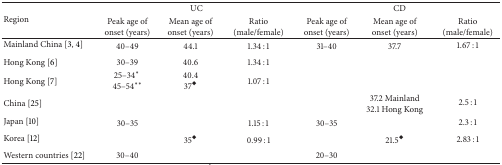
| <ROWSPAN=2> Region | <COLSPAN=3> UC | <COLSPAN=3> CD |
 | Peak age of onset (years) | Mean age of onset (years) | Ratio (male/female) | Peak age of onset (years) | Mean age of onset (years) | Ratio (male/female) |
 | --- | --- | --- | --- | --- | --- | --- |
 | Mainland China [3, 4] | 40–49 | 44.1 | 1.34 : 1 | 31–40 | 37.7 | 1.67 : 1 |
 | Hong Kong [6] | 30–39 | 40.6 | 1.34 : 1 |  |  |  |
 | Hong Kong [7] | 25–34* 45–54** | 40.437◆ | 1.07 : 1 |  |  |  |
 | China [25] |  |  |  |  | 37.2 Mainland32.1 Hong Kong | 2.5 : 1 |
 | Japan [10] | 30–35 |  | 1.15 : 1 | 30–35 |  | 2.3 : 1 |
 | Korea [12] |  | 35◆ | 0.99 : 1 |  | 21.5◆ | 2.83 : 1 |
 | Western countries [22] | 30–40 |  |  | 20–30 |  |  |